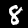
Label: 8